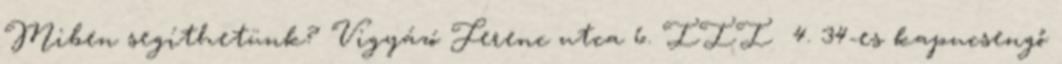
Miben segíthetünk? ​​Vigyázó Ferenc utca 6. III 4. ​34-es kapucsengő